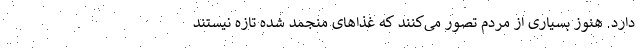
دارد. هنوز بسیاری از مردم تصور می‌کنند که غذاهای منجمد شده تازه نیستند